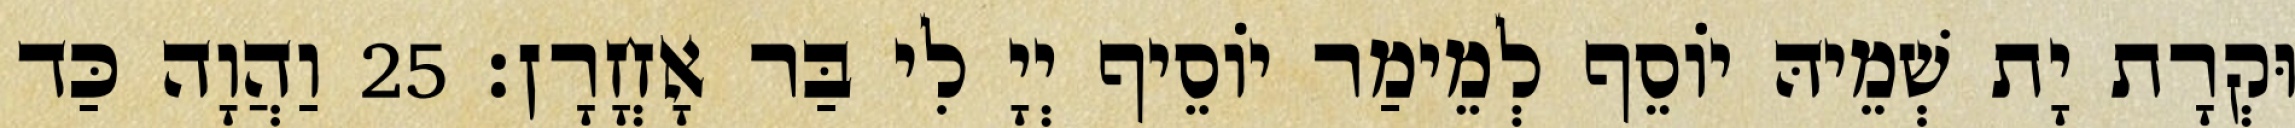
וּקְרָת יָת שְׁמֵיהּ יוֹסֵף לְמֵימַר יוֹסֵיף יְיָ לִי בַּר אָחֳרָן׃ 25 וַהֲוָה כַּד